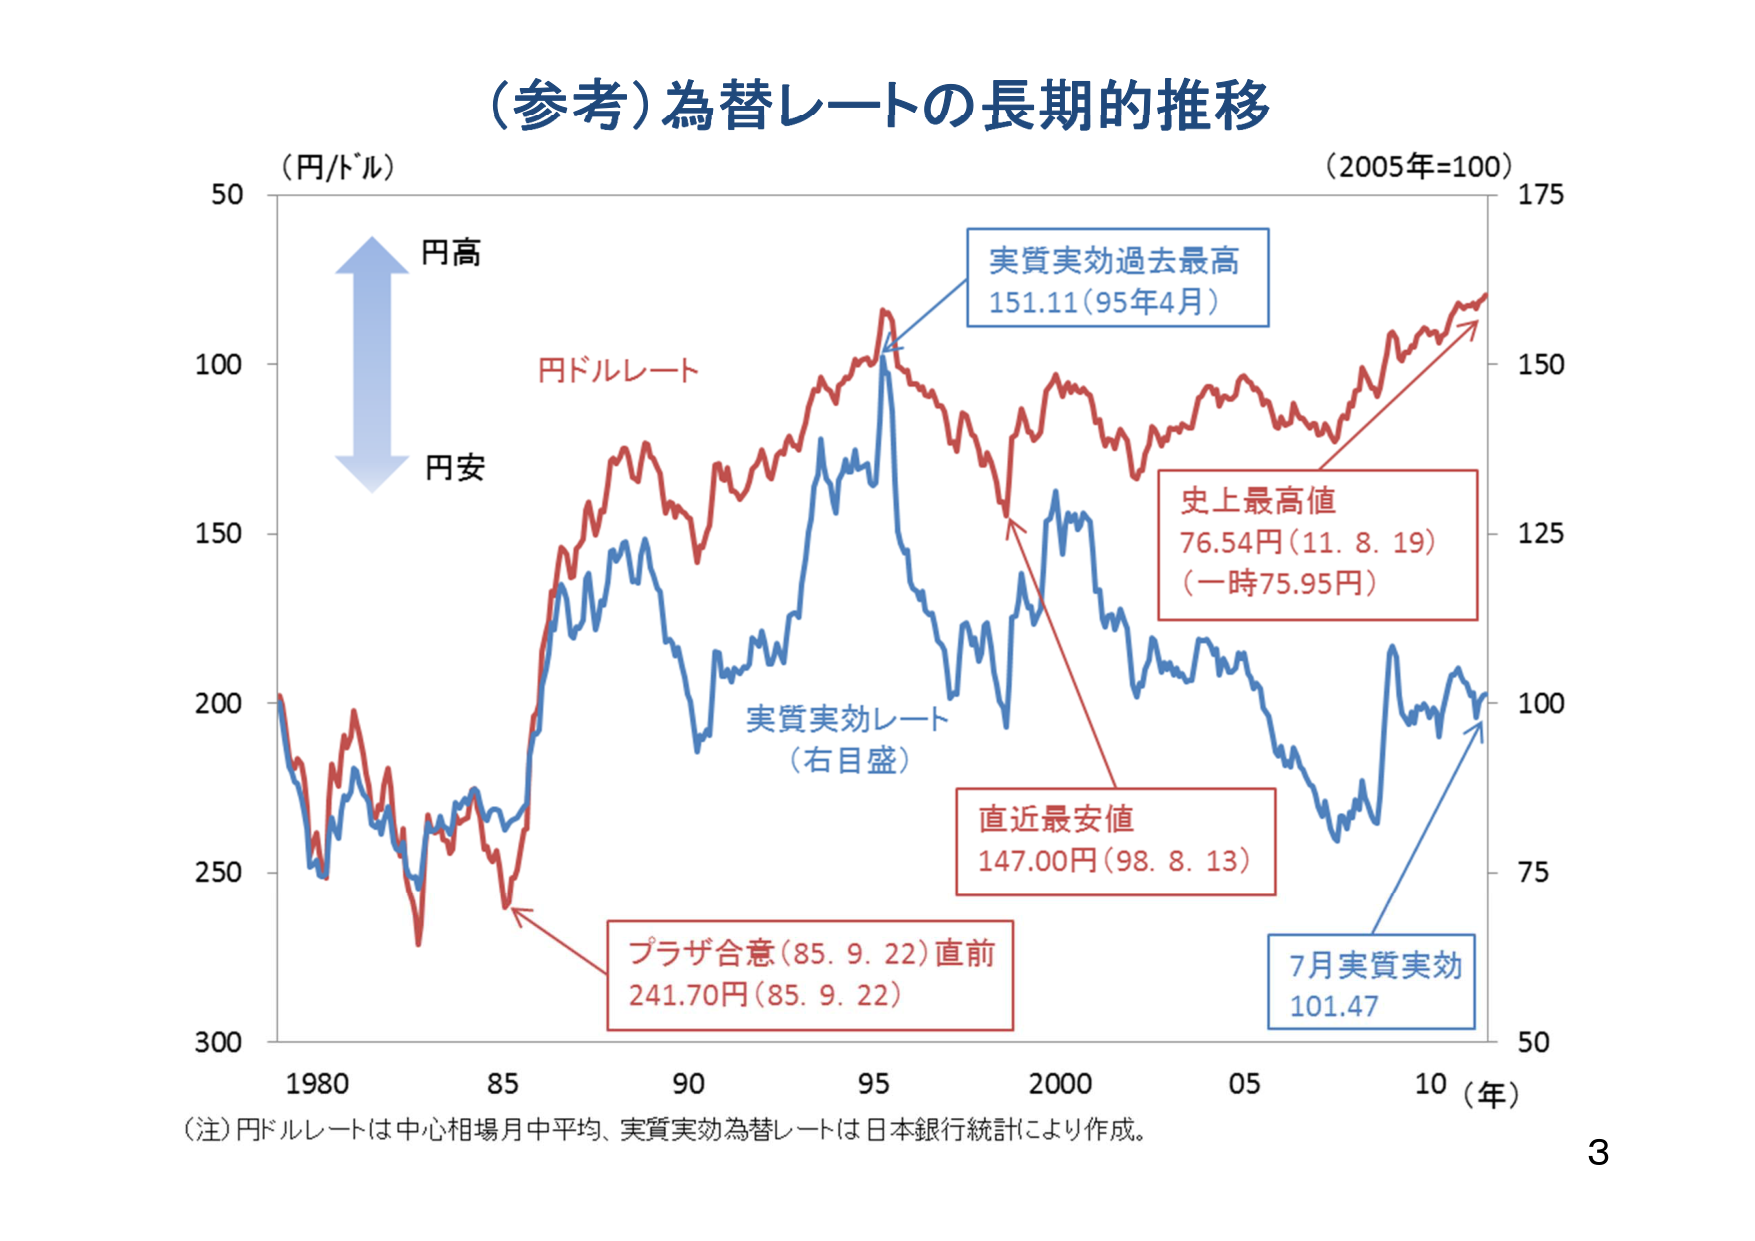
（参考）為替レートの長期的推移
（円/ドル）
（2005年=100）
50
100
150
200
250
300
1980
85
90
95
2000
05
10（年）
175
150
125
100
75
50
円高
円安
円ドルレート
実質実効レート
（右目盛）
実質実効過去最高
151.11（95年4月）
史上最高値
76.54円（11.8.19）
（一時75.95円）
直近最安値
147.00円（98.8.13）
プラザ合意（85.9.22）直前
241.70円（85.9.22）
7月実質実効
101.47
（注）円ドルレートは中心相場月中平均、実質実効為替レートは日本銀行統計により作成。
3